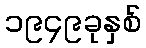
၁၉၄၉ခုနှစ်